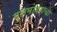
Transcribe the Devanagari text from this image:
गुलमोहराचा